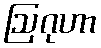
ဩဂုဟာ